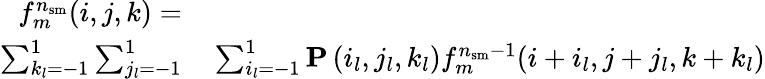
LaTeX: \begin{array}{rl}{f_{m}^{n_{\mathrm{sm}}}(i,j,k)=}&{{}}\\ {\sum_{k_{l}=-1}^{1}\sum_{j_{l}=-1}^{1}}&{{}\sum_{i_{l}=-1}^{1}\mathbf{P}\left(i_{l},j_{l},k_{l}\right)f_{m}^{n_{\mathrm{sm}}-1}(i+i_{l},j+j_{l},k+k_{l})}\end{array}